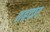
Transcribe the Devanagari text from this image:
शह्रयार